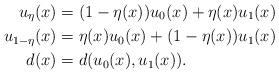
LaTeX: \begin{align*}u_\eta(x) &= (1-\eta(x))u_0 (x) + \eta(x) u_1(x)\\u_{1-\eta}(x) &= \eta (x) u_0 (x) + (1-\eta(x)) u_1(x)\\d(x)&= d(u_0(x), u_1(x)).\end{align*}